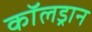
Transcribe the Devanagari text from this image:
कॉलड्रान